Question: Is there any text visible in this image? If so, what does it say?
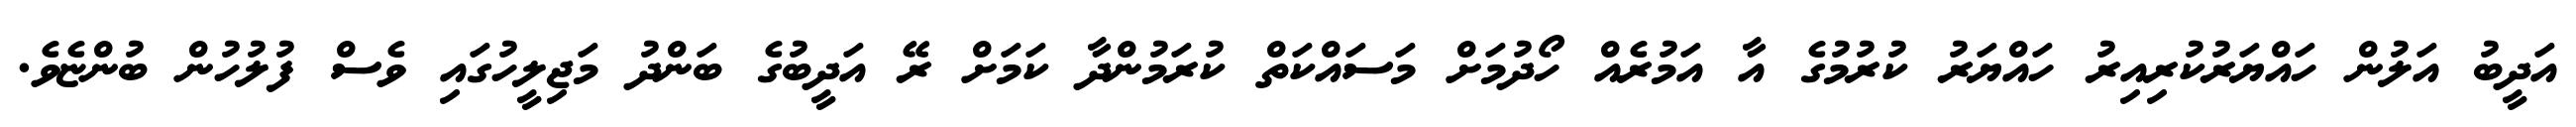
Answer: އަދީބު އަލުން ހައްޔަރުކުރިއިރު ހައްޔަރު ކުރުމުގެ އާ އަމުރެއް ހޯދުމަށް މަސައްކަތް ކުރަމުންދާ ކަމަށް ރޭ އަދީބުގެ ބަންދު މަޖިލީހުގައި ވެސް ފުލުހުން ބުންޏެވެ.